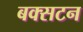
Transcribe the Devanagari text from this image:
बक्सटन